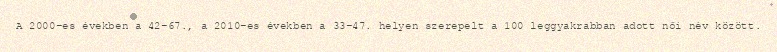
A 2000-es években a 42-67., a 2010-es években a 33-47. helyen szerepelt a 100 leggyakrabban adott női név között.